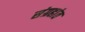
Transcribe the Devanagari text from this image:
संग्रहांत